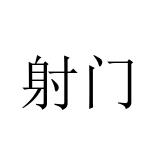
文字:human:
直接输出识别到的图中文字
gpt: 射门